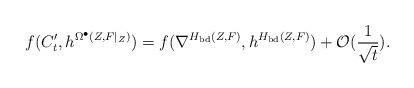
LaTeX: \begin{align*} f(C'_{t}, h^{\Omega^{\bullet}(Z, F|_{Z})})=f(\nabla^{H_{{\rm bd }}(Z,F)}, h^{H_{{\rm bd }}(Z,F)})+\mathcal{O}(\frac{1}{\sqrt{t}}).\end{align*}